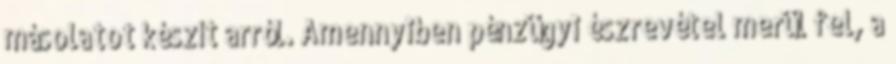
másolatot készít arról. Amennyiben pénzügyi észrevétel merül fel, a